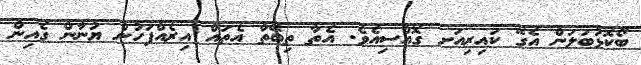
ބޯކޮޅުބަލަން އެގޭ ކައިރިއަށ ގޮއްސިއެވެ. އެތާ ތިބޭތާ އެތައް އިރެއްފަހުން ޔުނާން ގެއިން